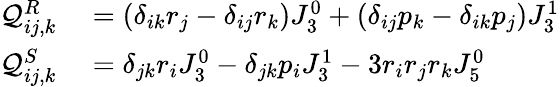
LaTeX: \begin{array}{rl}{\mathcal{Q}_{ij,k}^{R}}&{{}=\left(\delta_{ik}r_{j}-\delta_{ij}r_{k}\right)J_{3}^{0}+\left(\delta_{ij}p_{k}-\delta_{ik}p_{j}\right)J_{3}^{1}}\\ {\mathcal{Q}_{ij,k}^{S}}&{{}=\delta_{jk}r_{i}J_{3}^{0}-\delta_{jk}p_{i}J_{3}^{1}-3r_{i}r_{j}r_{k}J_{5}^{0}}\end{array}